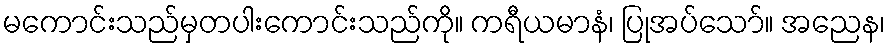
မကောင်းသည်မှတပါးကောင်းသည်ကို။ ကရီယမာနံ၊ ပြုအပ်သော်။ အညေန၊